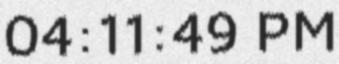
04:11:49 PM